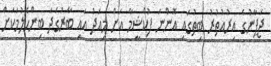
ޖަޕާނުގެ އިރުއުތުރު ބިތުގައި އޮންނަ ފުކްޝީމާ އަށް މިއަދު އައި ބާރުގަދަ ބިންހެލުމަކަށް